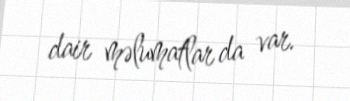
dair məlumatlar da var.